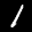
Label: 1